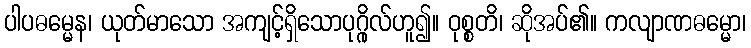
ပါပဓမ္မေန၊ ယုတ်မာသော အကျင့်ရှိသောပုဂ္ဂိုလ်ဟူ၍။ ဝုစ္စတိ၊ ဆိုအပ်၏။ ကလျာဏဓမ္မော၊